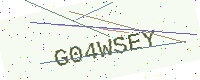
Text: G04WSEY